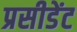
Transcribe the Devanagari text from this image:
प्रसीडेंट